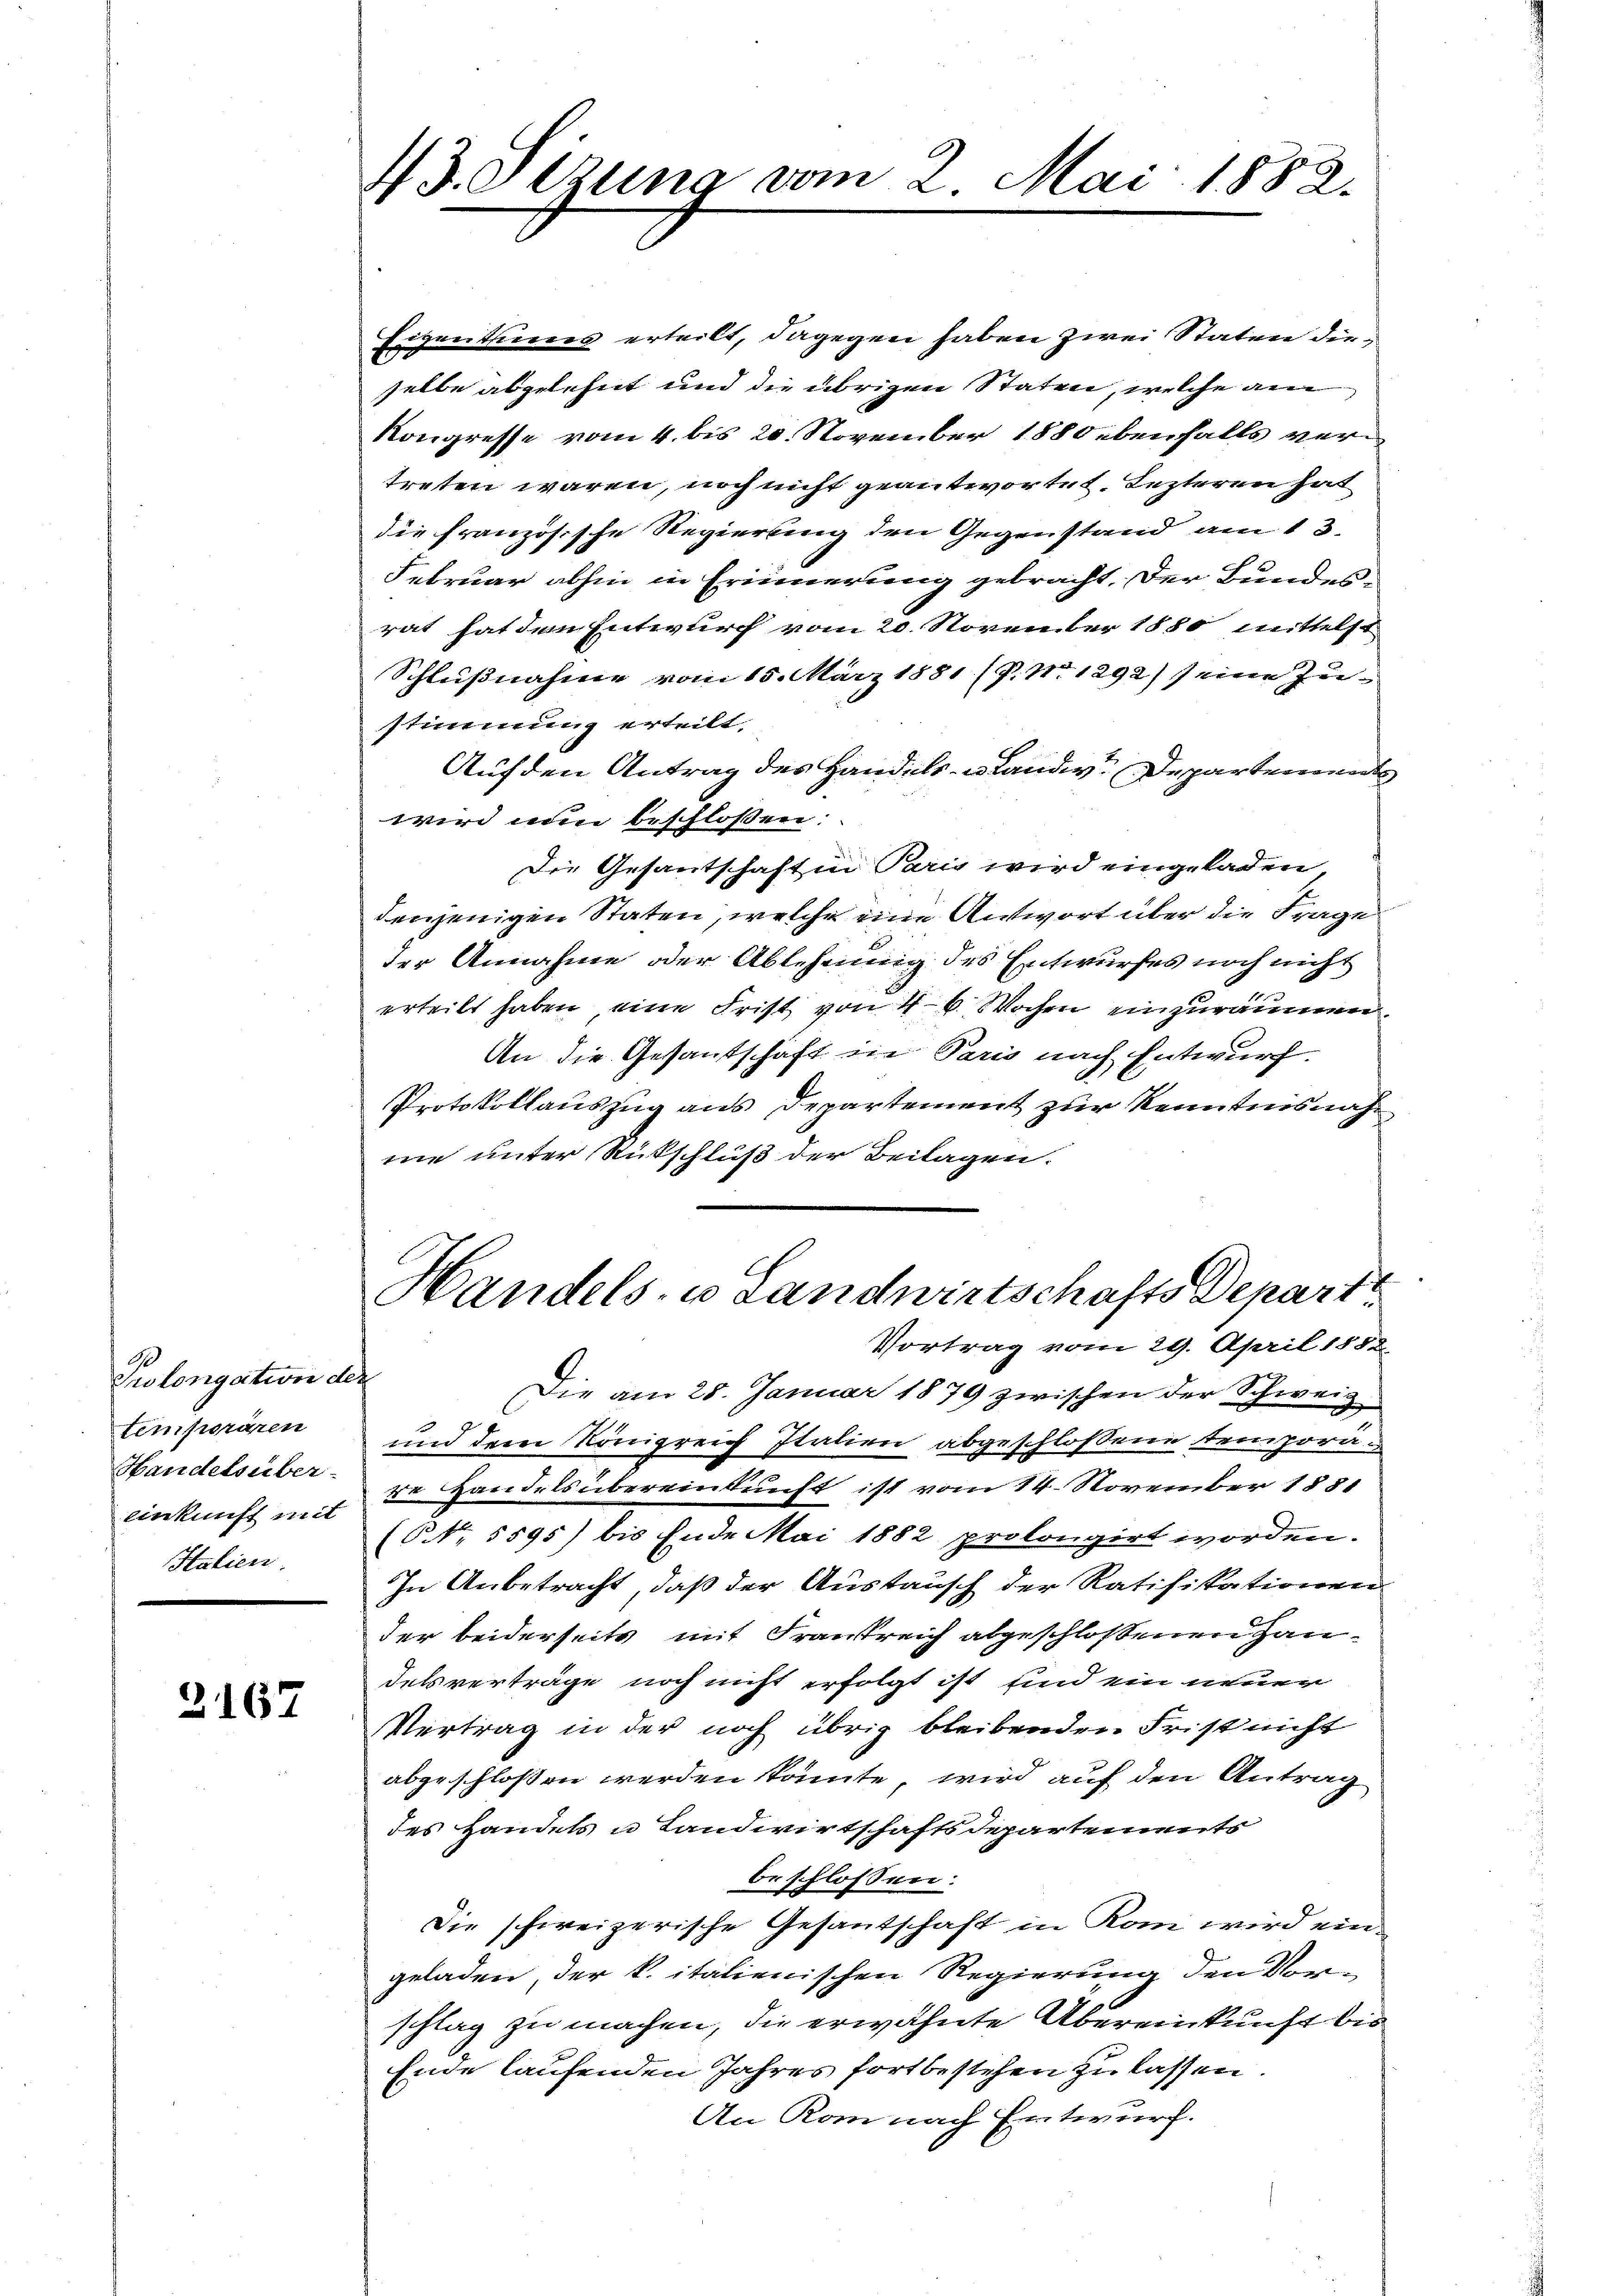
Prolongation der
temporären
Handelsüber-
einkunft mit
Italien.

2167

43. Sezung vom 2. Mai 1882.

Eigenthung erteilt, dagegen haben zwei Staten dieselbe abgelehnt und die übrigen Staten, welche am
Kongresse vom 4. bis 20. November 1880 ebenfalls vertreten wären, noch nicht geantwortet, Lezteren hat
die französische Regierung den Gegenstand am 13.
Februar abhin in Erinnerung gebracht. Der Bundes-
rat hat dem Entwurf vom 20. November 1880 mittelst
Schlußnahme vom 15. März 1881 (P. Nr. 1292) seine Zu-
stimmung erteilt.
Auf den Antrag des Handels- u Lande Departenmat
wird nun beschlossen:
Die Gesantschaft in Paris wird eingeladen,
denjenigen Staten, welche eine Antwort über die Frage
der Annahme oder Ablehnung des Entwurfes noch nicht
erteilt haben, eine Frist von 4 - 6 Wochen einzuräumen,
An die Gesandtschaft die Paris nach Entwurf.
Protokollauszug aus Departement zur Kenntnisnahme unter Rückschluß der Beilagen.
Handels- u Landwirtschafts Depart
Vortrag vom 29. April 1852.
Die am 28. Januar 1879 zwischen der Schweiz
und dem Königreich Italien abgeschlossene temporäde Handels übereinkunft ist vom 14. November 1888
(NNo. 5595) bis Ende Mai 1882 prolongirt worden.
In Anbetracht, daß der Austausch der Ratifikationen
der beiderseits mit Frankreich abgeschlossenen Handelsverträge noch nicht erfolgt ist und ein neuer
Vertrag in der noch übrig bleibenden Frist nicht
abgeschlossen werden könnte, wird auf den Antrag
des Handels u Landwirtschaftsdepartements
beschlossen:
Die schweizerische Gesantschaft in Rom wird eingeladen, der k. italienischen Regierung den Vorschlag zu machen, die erwähnte Übereinkunft bis
Ende laufenden Jahres fortbestehen zu lassen.
An Rom nach Entwurf.